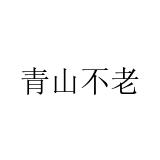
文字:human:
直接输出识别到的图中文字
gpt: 青山不老